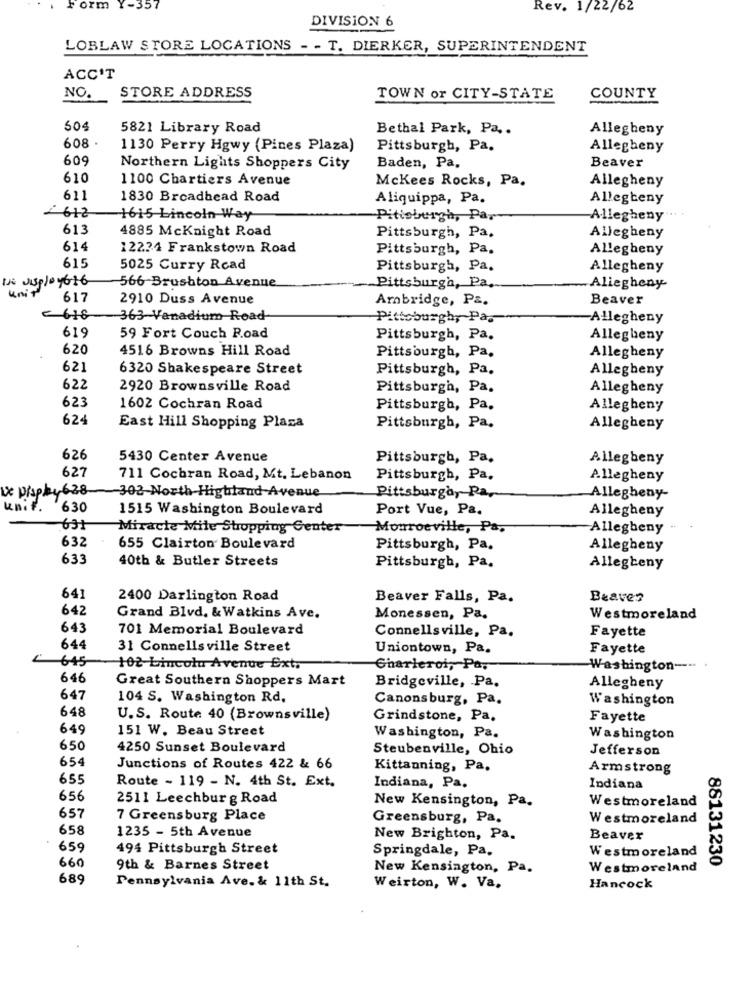
Form Y-357
Rev. 1/22/62
DIVISION 6
LOBLAW STORE LOCATIONS - - T. DIERKER, SUPERINTENDENT
ACC'T
NO.
STORE ADDRESS
TOWN or CITY-STATE
COUNTY
504
5821 Library Road
Bethal Park, Pa. .
Allegheny
608
1130 Perry Hgwy (Pines Plaza)
Pittsburgh, Pa.
Allegheny
609
Baden, Pa.
Northern Lights Shoppers City
Beaver
610
1100 Chartiers Avenue
Mckees Rocks, Pa,
Allegheny
611
1830 Broadhead Road
Aliquippa, Pa.
Allegheny
- 612
1615 Lincoln Way
Pittsburgh, Par
Allegheny"
613
4885 Mcknight Road
Pittsburgh, Pa.
Allegheny
614
12224 Frankstown Road
Pittsburgh, Pa.
Allegheny
615
5025 Curry Read
Pittsburgh, Pa.
Allegheny
DE display616
566 Brushton Avenue
Pittsburgh, Pa,
.Allegheny
617
2910 Duss Avenue
Ambridge, P&.
Beaver
- 618
363-Vanadium Road
Pittsburgh, Pa ..
-Allegheny
619
59 Fort Couch Road
Pittsburgh, Pa.
Allegheny
620
4516 Browns Hill Road
Pittsburgh, Pa.
Allegheny
621
6320 Shakespeare Street
Pittsburgh, Pa.
Allegheny
622
2920 Brownsville Road
Pittsburgh, Pa,
Allegheny
623
1602 Cochran Road
Pittsburgh, Pa,
Allegheny
624
East Hill Shopping Plaza
Pittsburgh, Pa.
Allegheny
626
5430 Center Avenue
Pittsburgh, Pa.
Allegheny
627
711 Cochran Road, Mt. Lebanon
Pittsburgh, Pa.
Allegheny
pisphy 638
302-North Highland Avenue
Pittsburgh, Pa.
Allegheny-
unit.
630
1515 Washington Boulevard
Port Vue, Pa.
Allegheny
631
Miracle Mile Stropping Center
Monroeville, Pa.
Allegheny
632
655 Clairton Boulevard
Pittsburgh, Pa.
Allegheny
63
40th & Butler Streets
Pittsburgh, Pa.
Allegheny
64
2400 Darlington Road
Beaver Falls, Pa.
Beaver
642
Grand Blvd. & Watkins Ave.
Monessen, Pa.
Westmoreland
643
701 Memorial Boulevard
Connellsville, Pa.
Fayette
644
31 Connellsville Street
Uniontown, Pa.
Fayette
" 645
102 Lincoln Avenue Extr
Charleroi, Pa,
Washington ----
646
Great Southern Shoppers Mart
Bridgeville, Pa.
Allegheny
647
104 S. Washington Rd,
Canonsburg, Pa.
Washington
648
U.S. Route 40 (Brownsville)
Grindstone, Pa.
Fayette
649
151 W. Beau Street
Washington, Pa.
Washington
650
4250 Sunset Boulevard
Steubenville, Ohio
Jefferson
654
Junctions of Routes 422 & 66
Kittanning, Pa.
Armstrong
655
Indiana, Pa,
Route - 119 - N. 4th St. Ext.
Indiana
656
2511 Leechburg Road
New Kensington, Pa.
Westmoreland
657
7 Greensburg Place
Greensburg, Pa.
Westmoreland
658
1235 - 5th Avenue
New Brighton, Pa.
Beaver
659
494 Pittsburgh Street
Springdale, Pa.
Westmoreland
88131230
660
9th & Barnes Street
New Kensington, Pa.
Westmoreland
689
Pennsylvania Ave. & 11th St.
Weirton, W. Va.
Hancock